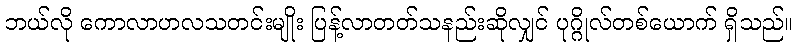
ဘယ်လို ကောလာဟလသတင်းမျိုး ပြန့်လာတတ်သနည်းဆိုလျှင် ပုဂ္ဂိုလ်တစ်ယောက် ရှိသည်။